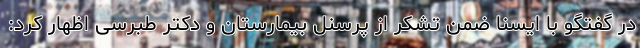
در گفتگو با ایسنا ضمن تشکر از پرسنل بیمارستان و دکتر طبرسی اظهار کرد: